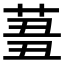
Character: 𦱪